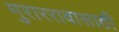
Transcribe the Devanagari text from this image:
मुराररावासाठी